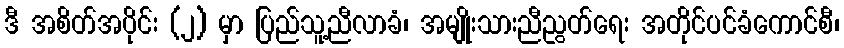
ဒီ အစိတ်အပိုင်း (၂) မှာ ပြည်သူ့ညီလာခံ၊ အမျိုးသားညီညွတ်ရေး အတိုင်ပင်ခံကောင်စီ၊